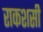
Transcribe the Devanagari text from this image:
राकशसी